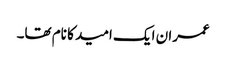
عمران ایک امید کا نام تھا۔